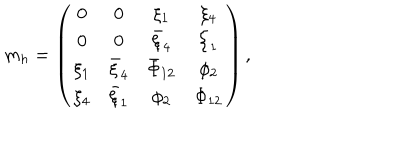
LaTeX: m _ { h } = \left( \begin{array} { c c c c } { { 0 } } & { { 0 } } & { { \xi _ { 1 } } } & { { \xi _ { 4 } } } \\ { { 0 } } & { { 0 } } & { { \bar { \xi } _ { 4 } } } & { { \bar { \xi } _ { 1 } } } \\ { { \xi _ { 1 } } } & { { \bar { \xi } _ { 4 } } } & { { \bar { \Phi } _ { 1 2 } } } & { { \phi _ { 2 } } } \\ { { \xi _ { 4 } } } & { { \bar { \xi } _ { 1 } } } & { { \phi _ { 2 } } } & { { \Phi _ { 1 2 } } } \\ \end{array} \right) ,